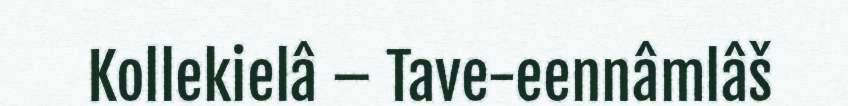
Kollekielâ – Tave-eennâmlâš